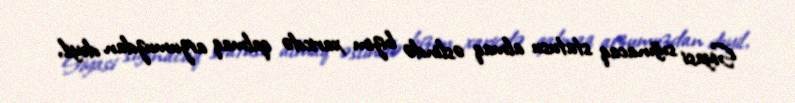
Siyasi sığınacaq statusu almaq əslində bizim xaricdə qalmaq arzumuzdan deyil,